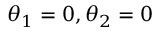
\theta _ { 1 } = 0 , \theta _ { 2 } = 0